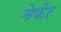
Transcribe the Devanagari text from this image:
मेफेर